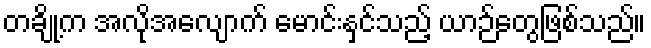
တချို့က အလိုအလျောက် မောင်းနှင်သည့် ယာဉ်တွေဖြစ်သည်။